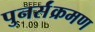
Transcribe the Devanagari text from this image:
पुनर्संक्रमण